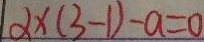
\alpha \times ( 3 - 1 ) - a = 0